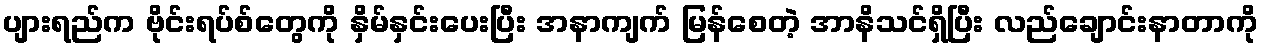
ပျားရည်က ဗိုင်းရပ်စ်တွေကို နှိမ်နှင်းပေးပြီး အနာကျက် မြန်စေတဲ့ အာနိသင်ရှိပြီး လည်ချောင်းနာတာကို